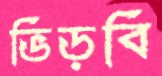
ভিড়বি